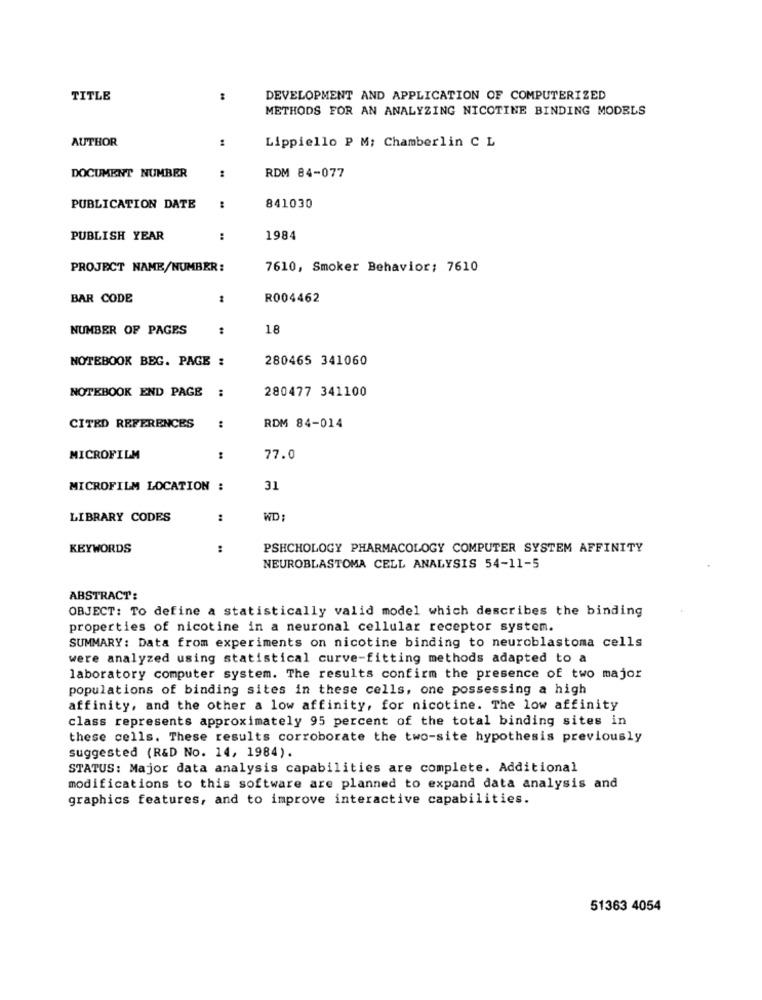
TITLE
DEVELOPMENT AND APPLICATION OF COMPUTERIZED
METHODS FOR AN ANALYZING NICOTINE BINDING MODELS
AUTHOR
Lippiello P M: Chamberlin C L
DOCUMENT NUMBER
:
RDM 84-077
PUBLICATION DATE
841030
PUBLISH YEAR
:
1984
PROJECT NAME/NUMBER:
7610, Smoker Behavior: 7610
BAR CODE
R004462
NUMBER OF PAGES
:
18
NOTEBOOK BEG. PAGE :
280465 341060
NOTEBOOK END PAGE
:
280477 341100
CITED REFERENCES
:
RDM 84-014
MICROFILM
77.0
MICROFILM LOCATION :
31
LIBRARY CODES
:
WD
KEYWORDS
:
PSHCHOLOGY PHARMACOLOGY COMPUTER SYSTEM AFFINITY
NEUROBLASTOMA CELL ANALYSIS 54-11-5
ABSTRACT:
OBJECT: To define a statistically valid model which describes the binding
properties of nicotine in a neuronal cellular receptor system.
SUMMARY: Data from experiments on nicotine binding to neuroblastoma cells
were analyzed using statistical curve-fitting methods adapted to a
laboratory computer system. The results confirm the presence of two major
populations of binding sites in these cells, one possessing a high
affinity, and the other a low affinity, for nicotine. The low affinity
class represents approximately 95 percent of the total binding sites in
these cells. These results corroborate the two-site hypothesis previously
suggested (R&D No. 14, 1984).
STATUS: Major data analysis capabilities are complete. Additional
modifications to this software are planned to expand data analysis and
graphics features, and to improve interactive capabilities.
51363 4054